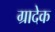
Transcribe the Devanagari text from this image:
ग्रादेक